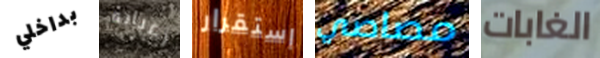
بداخلي رغباته استقرار مصاصي الغابات